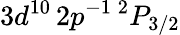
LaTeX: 3d^{10}\, 2p^{-1}\, ^{2}P_{3/2}